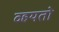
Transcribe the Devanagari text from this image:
व्हयतो